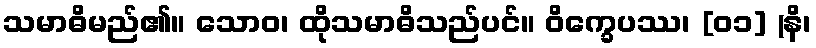
သမာဓိမည်၏။ သောဝ၊ ထိုသမာဓိသည်ပင်။ ဝိက္ခေပဿ၊ [၀၁] (နိ၊